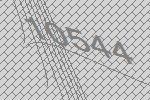
10544